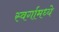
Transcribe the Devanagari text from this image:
स्वर्गामध्ये